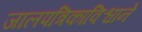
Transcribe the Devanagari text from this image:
जालपत्रिकाविश्वाने